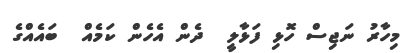
މިހާރު ނަޖިސް ހޮޅި ފަޅާލީ  ދެން އެހެން ކަމެއް  ބައެއްގެ